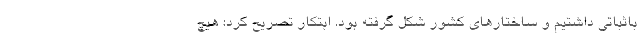
باثباتی داشتیم و ساختارهای کشور شکل گرفته بود. ابتکار تصریح کرد: هیچ